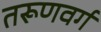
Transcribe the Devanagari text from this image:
तरूणवर्ग